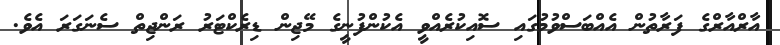
އާރްއާރްގެ ފަރާތުން އެއްބަސްވުމުގައި ސޮއިކުރެއްވީ އެކުންފުނީގެ މޭޖިން ޑިރެކްޓަރު ރަންޖިތް ސެނަގަރަ އެވެ.